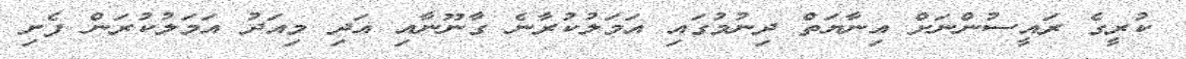
ކުރީގެ ރައީސުންނަށް އިނާޔަތް ދިނުމުގައި އަމަލުކުރާނެ ގާނޫނާއި އަދި މިއަދު އަމަލުކުރަން ފެށި